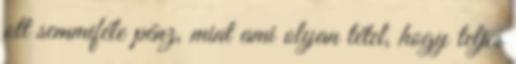
ott semmiféle pénz, mint ami olyan tétel, hogy teljes